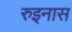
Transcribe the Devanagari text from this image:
रुइनास